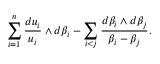
\sum _ { i = 1 } ^ { n } \frac { d u _ { i } } { u _ { i } } \wedge d \beta _ { i } - \sum _ { i < j } \frac { d \beta _ { i } \wedge d \beta _ { j } } { \beta _ { i } - \beta _ { j } } .